Annual administration report of the Civil Veterinary Department of India - 1896-1897
Year: 1896
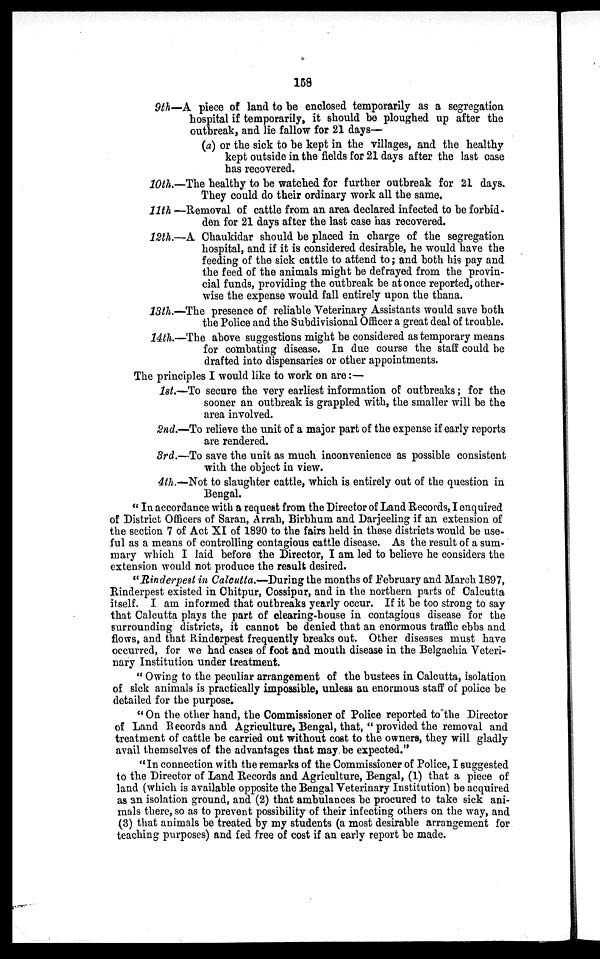
158
9th—A piece of land to be enclosed temporarily as a segregation
hospital if temporarily, it should be ploughed up after the
outbreak, and lie fallow for 21 days—
(a) or the sick to be kept in the villages, and the healthy
kept outside in the fields for 21 days after the last case
has recovered.
10th.—The healthy to be watched for further outbreak for 21 days.
They could do their ordinary work all the same.
11th —Removal of cattle from an area declared infected to be forbid-
den for 21 days after the last case has recovered.
12th.—A Chaukidar should be placed in charge of the segregation
hospital, and if it is considered desirable, he would have the
feeding of the sick cattle to attend to; and both his pay and
the feed of the animals might be defrayed from the provin-
cial funds, providing the outbreak be at once reported, other-
wise the expense would fall entirely upon the thana.
13th.—The presence of reliable Veterinary Assistants would save both
the Police and the Subdivisional Officer a great deal of trouble.
14th.—The above suggestions might be considered as temporary means
for combating disease. In due course the staff could be
drafted into dispensaries or other appointments.
The principles I would like to work on are:—
1st.—To secure the very earliest information of outbreaks; for the
sooner an outbreak is grappled with, the smaller will be the
area involved.
2nd.—To relieve the unit of a major part of the expense if early reports
are rendered.
3rd.—To save the unit as much inconvenience as possible consistent
with the object in view.
4th.—Not to slaughter cattle, which is entirely out of the question in
Bengal.
"In accordance with a request from the Director of Land Records, I enquired
of District Officers of Saran, Arrah, Birbhum and Darjeeling if an extension of
the section 7 of Act XI of 1890 to the fairs held in these districts would be use-
ful as a means of controlling contagious cattle disease. As the result of a sum-
mary which I laid before the Director, I am led to believe he considers the
extension would not produce the result desired.
"Rinderpest in Calcutta.—During the months of February and March 1897,
Rinderpest existed in Chitpur, Cossipur, and in the northern parts of Calcutta
itself. I am informed that outbreaks yearly occur. If it be too strong to say
that Calcutta plays the part of clearing-house in contagious disease for the
surrounding districts, it cannot be denied that an enormous traffic ebbs and
flows, and that Rinderpest frequently breaks out. Other diseases must have
occurred, for we had cases of foot and mouth disease in the Belgachia Veteri-
nary Institution under treatment.
"Owing to the peculiar arrangement of the bustees in Calcutta, isolation
of sick animals is practically impossible, unless an enormous staff of police be
detailed for the purpose.
"On the other hand, the Commissioner of Police reported to the Director
of Land Records and Agriculture, Bengal, that, "provided the removal and
treatment of cattle be carried out without cost to the owners, they will gladly
avail themselves of the advantages that may be expected."
"In connection with the remarks of the Commissioner of Police, I suggested
to the Director of Land Records and Agriculture, Bengal, (1) that a piece of
land (which is available opposite the Bengal Veterinary Institution) be acquired
as an isolation ground, and (2) that ambulances be procured to take sick ani-
mals there, so as to prevent possibility of their infecting others on the way, and
(3) that animals be treated by my students (a most desirable arrangement for
teaching purposes) and fed free of cost if an early report be made.